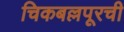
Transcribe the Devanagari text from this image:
चिकबल्लपूरची